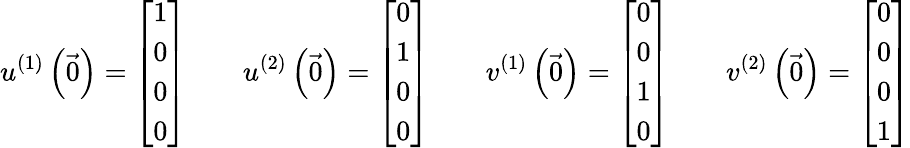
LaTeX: u^{(1)}\left({\vec{0}}\right)={\left[\begin{array}{l}{1}\\ {0}\\ {0}\\ {0}\end{array}\right]}\qquad u^{(2)}\left({\vec{0}}\right)={\left[\begin{array}{l}{0}\\ {1}\\ {0}\\ {0}\end{array}\right]}\qquad v^{(1)}\left({\vec{0}}\right)={\left[\begin{array}{l}{0}\\ {0}\\ {1}\\ {0}\end{array}\right]}\qquad v^{(2)}\left({\vec{0}}\right)={\left[\begin{array}{l}{0}\\ {0}\\ {0}\\ {1}\end{array}\right]}